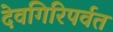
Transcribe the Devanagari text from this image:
देवगिरिपर्वत